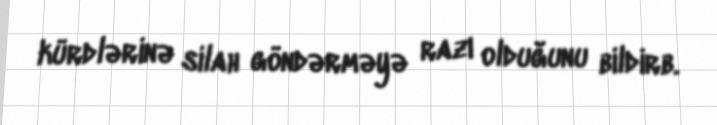
kürdlərinə silah göndərməyə razı olduğunu bildirb.